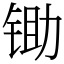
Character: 锄